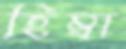
হিম্বা